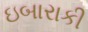
ઇબારાકી